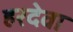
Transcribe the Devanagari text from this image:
हरदेवा